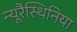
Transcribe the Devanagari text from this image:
न्यूरैस्थिनिया